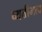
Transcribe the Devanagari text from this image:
व्यतीमत्व